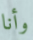
وأنا